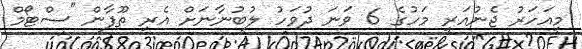
މިއަހަރު ޖެނުއަރީ މަހުގެ 6 ވަނަ ދުވަހު ލުބުނާނަށް އެރި ތޫފާން "ސްޓޯމް